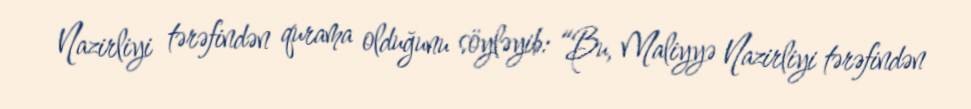
Nazirliyi tərəfindən qurama olduğunu söyləyib: “Bu, Maliyyə Nazirliyi tərəfindən